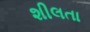
શીલતા